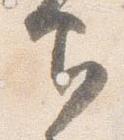
印